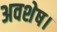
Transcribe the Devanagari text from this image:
अवशेष।